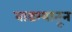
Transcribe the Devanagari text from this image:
वाडग्यातून